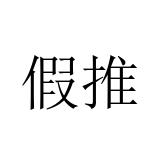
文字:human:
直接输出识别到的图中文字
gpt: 假推